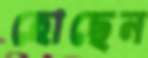
হোছেন